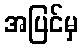
အပြင်မှ